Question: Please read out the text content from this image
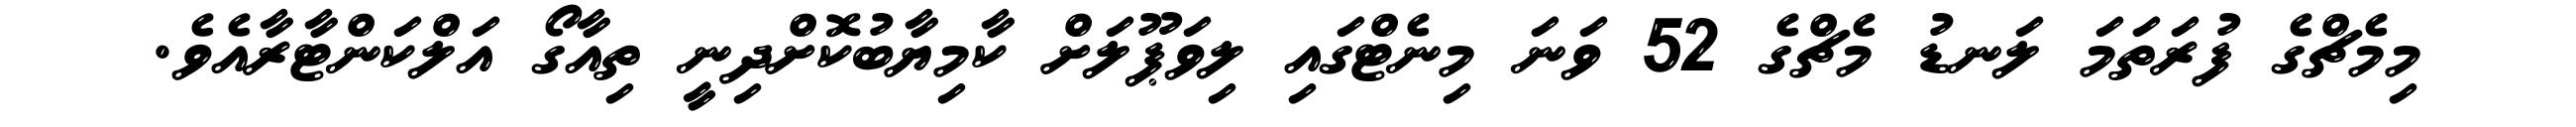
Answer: މިމެޗްގެ ފުރަތަމަ ލަނޑު މެޗްގެ 52 ވަނަ މިނެޓްގައި ލިވަޕޫލަށް ކާމިޔާބުކޮށްދިނީ ތިއާގޯ އަލްކަންޓާރާއެވެ.